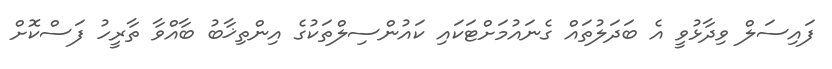
ފައިސަލް ވިދާޅުވީ އެ ބަދަލުތައް ގެނައުމަށްޓަކައި ކައުންސިލްތަކުގެ އިންތިޚާބު ބާއްވާ ތާރީހު ފަސްކޮށް